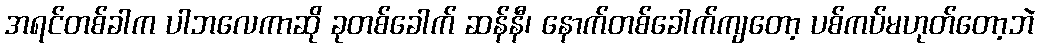
အရင်တစ်ခါက ပါဘလေကာဆို ခုတစ်ခေါက် ဆန်နီ၊ နောက်တစ်ခေါက်ကျတော့ ပစ်ကပ်မဟုတ်တော့ဘဲ